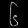
Digit: ၆